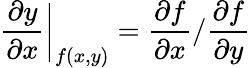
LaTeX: \frac{\partial y}{\partial x}\bigg|_{f(x,y)}=\frac{\partial f}{\partial x}/\frac{\partial f}{\partial y}